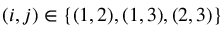
( i , j ) \in \{ ( 1 , 2 ) , ( 1 , 3 ) , ( 2 , 3 ) \}